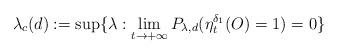
LaTeX: \begin{align*}\lambda_c(d):=\sup\{\lambda:\lim_{t\rightarrow+\infty}P_{\lambda,d}(\eta_t^{\delta_1}(O)=1)=0\}\end{align*}